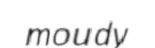
moudy